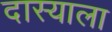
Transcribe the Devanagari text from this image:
दास्याला